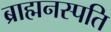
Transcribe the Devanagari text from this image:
ब्राह्मनस्पति